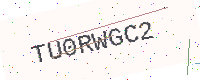
Text: TU0RWGC2